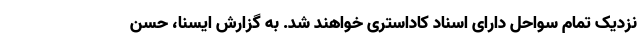
نزدیک تمام سواحل دارای اسناد کاداستری خواهند شد. به گزارش ایسنا، حسن